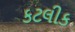
કટલીક